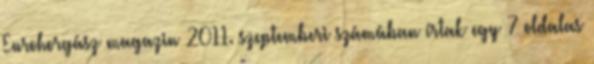
Eurohorgász magazin 2011. szeptemberi számában írtak egy 7 oldalas